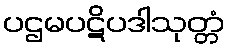
ပဌမပဋိပဒါသုတ္တံ